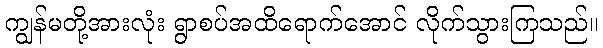
ကျွန်မတို့အားလုံး ရွာစပ်အထိရောက်အောင် လိုက်သွားကြသည်။